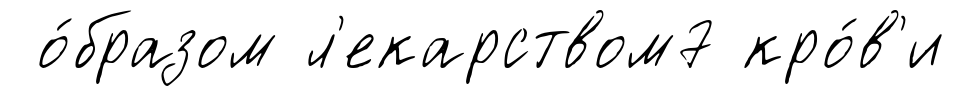
о́бразом л'екарством7 кро́в'и